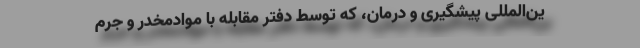
ین‌المللیِ پیشگیری و درمان، که توسط دفتر مقابله با موادمخدر و جرم